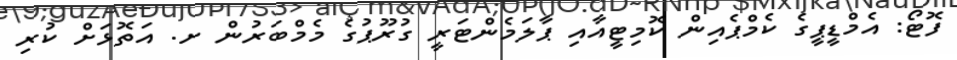
ފޮޓޯ: އެމްޑީޕީގެ ކެމްޕެއިން ކޮމިޓީއާއި ޕާލަމެންޓަރީ ގުރޫޕުގެ މެމްބަރުން ށ. އަތޮޅަށް ކުރި